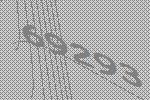
69293